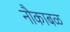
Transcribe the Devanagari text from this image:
नौकाबळ